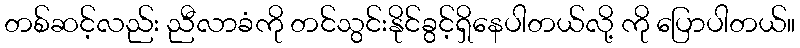
တစ်ဆင့်လည်း ညီလာခံကို တင်သွင်းနိုင်ခွင့်ရှိနေပါတယ်လို့ ကို ပြောပါတယ်။